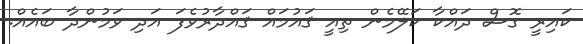
ކައިރީ ގޮސް ދައްކާ ކަލޭމެން ތިއީ ޤައުމައް ޤައްދާރުވެފަ އަދި ވަމުންދާ ބައެއް.